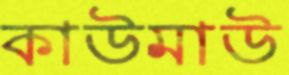
কাউমাউ